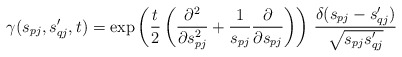
\begin{align*} \gamma(s_{pj},s_{qj}^\prime,t) = \exp\left(\frac{t}{2}\left(\frac{\partial^2}{\partial s_{pj}^2} +\frac{1}{s_{pj}}\frac{\partial}{\partial s_{pj}} \right) \right) \, \frac{\delta(s_{pj}-s_{qj}^\prime)}{\sqrt{s_{pj}s_{qj}^\prime}}\end{align*}